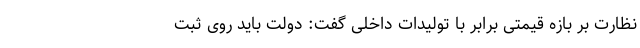
نظارت بر بازه قیمتی برابر با تولیدات داخلی گفت: دولت باید روی ثبت